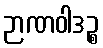
ဉာဏဝါဒဉ္စ